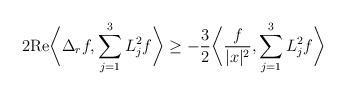
LaTeX: \begin{align*}2 \mathrm{Re}\bigg\langle \Delta_r f, \sum_{j=1}^3 L_j^2f \bigg\rangle \geq -\frac{3}{2} \bigg\langle \frac{f}{|x|^2}, \sum_{j=1}^3 L_j^2f \bigg\rangle \end{align*}